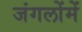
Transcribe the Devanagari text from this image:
जंगलोंमें